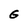
Character: G